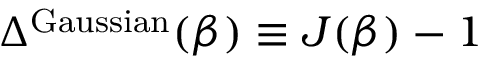
\Delta ^ { \mathrm { G a u s s i a n } } ( \beta ) \equiv J ( \beta ) - 1